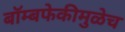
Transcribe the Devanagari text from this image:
बॉम्बफेकीमुळेच